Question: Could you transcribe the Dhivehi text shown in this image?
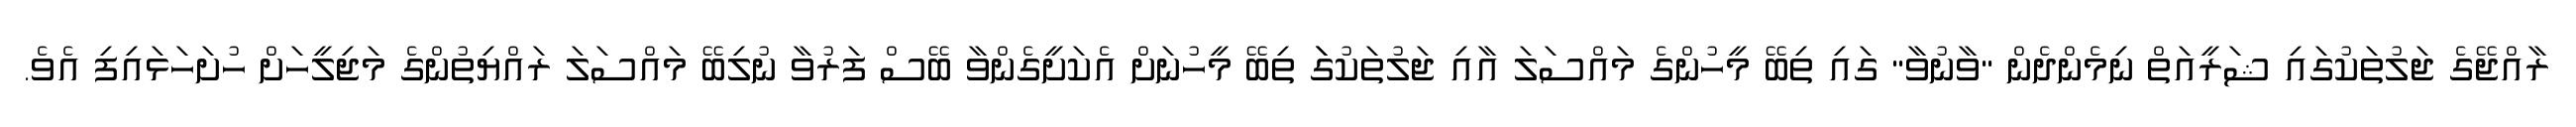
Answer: ރާއްޖޭގެ ޖަލުތަކުގައި ޝަރީއަތް ނިމެންދެން "ވާނުވާ" ގައި ތިބޭ މީހުންގެ މައްސަލަ އާއި ޖަލުތަކުގަަ ތިބޭ މީހުނަށް އެކަށީގެންވާ ބޭސް ފަރުވާ ނުލިބޭ މައްސަލަ ރައްޔިތުންގެ މަޖިލީހަށް ހުށަހަޅައިފި އެވެ.